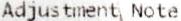
ADJUSTMENT NOTE